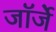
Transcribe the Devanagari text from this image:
जॉर्जे